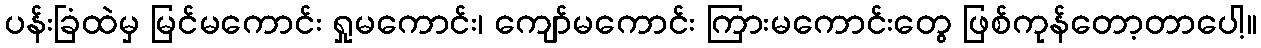
ပန်းခြံထဲမှ မြင်မကောင်း ရှုမကောင်း၊ ကျော်မကောင်း ကြားမကောင်းတွေ ဖြစ်ကုန်တော့တာပေါ့။